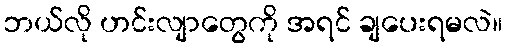
ဘယ်လို ဟင်းလျာတွေကို အရင် ချပေးရမလဲ။